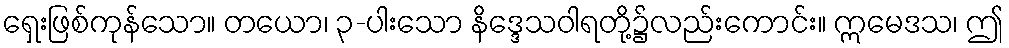
ရှေးဖြစ်ကုန်သော။ တယော၊ ၃-ပါးသော နိဒ္ဒေသဝါရတို့၌လည်းကောင်း။ ဣမေဒသ၊ ဤ